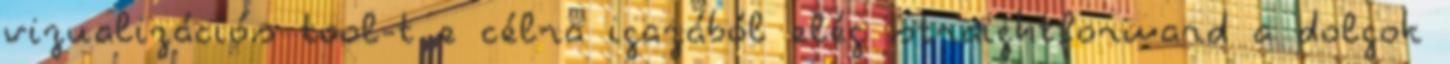
vizualizációs tool-t e célra igazából elég straightforward a dolgok